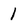
Character: 1